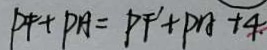
P F + P A = P F ^ { \prime } + P A + 4 _ { \cdot }